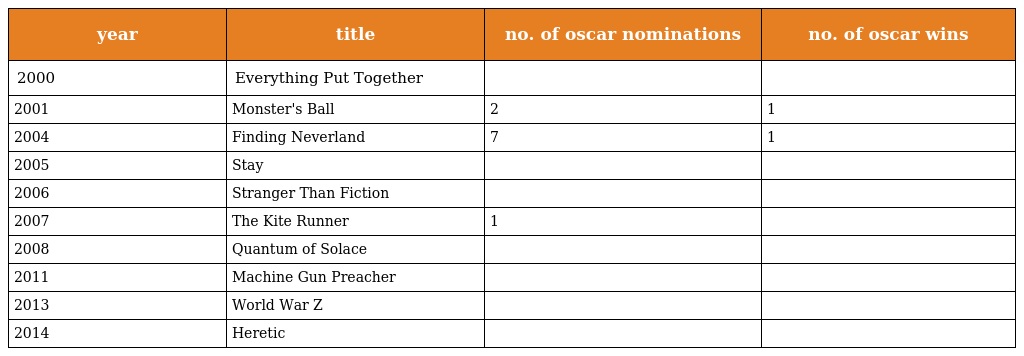
| year | title | no. of oscar nominations | no. of oscar wins |
 | --- | --- | --- | --- |
 | 2000 | Everything Put Together |  |  |
 | 2001 | Monster's Ball | 2 | 1 |
 | 2004 | Finding Neverland | 7 | 1 |
 | 2005 | Stay |  |  |
 | 2006 | Stranger Than Fiction |  |  |
 | 2007 | The Kite Runner | 1 |  |
 | 2008 | Quantum of Solace |  |  |
 | 2011 | Machine Gun Preacher |  |  |
 | 2013 | World War Z |  |  |
 | 2014 | Heretic |  |  |